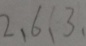
2 , 6 , 3 ,